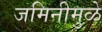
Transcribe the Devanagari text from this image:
जमिनीमुळे